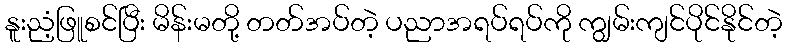
နူးညံ့ဖြူစင်ပြီး မိန်းမတို့ တတ်အပ်တဲ့ ပညာအရပ်ရပ်ကို ကျွမ်းကျင်ပိုင်နိုင်တဲ့